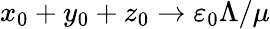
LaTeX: x_{0}+y_{0}+z_{0}\to\varepsilon_{0}\Lambda/\mu